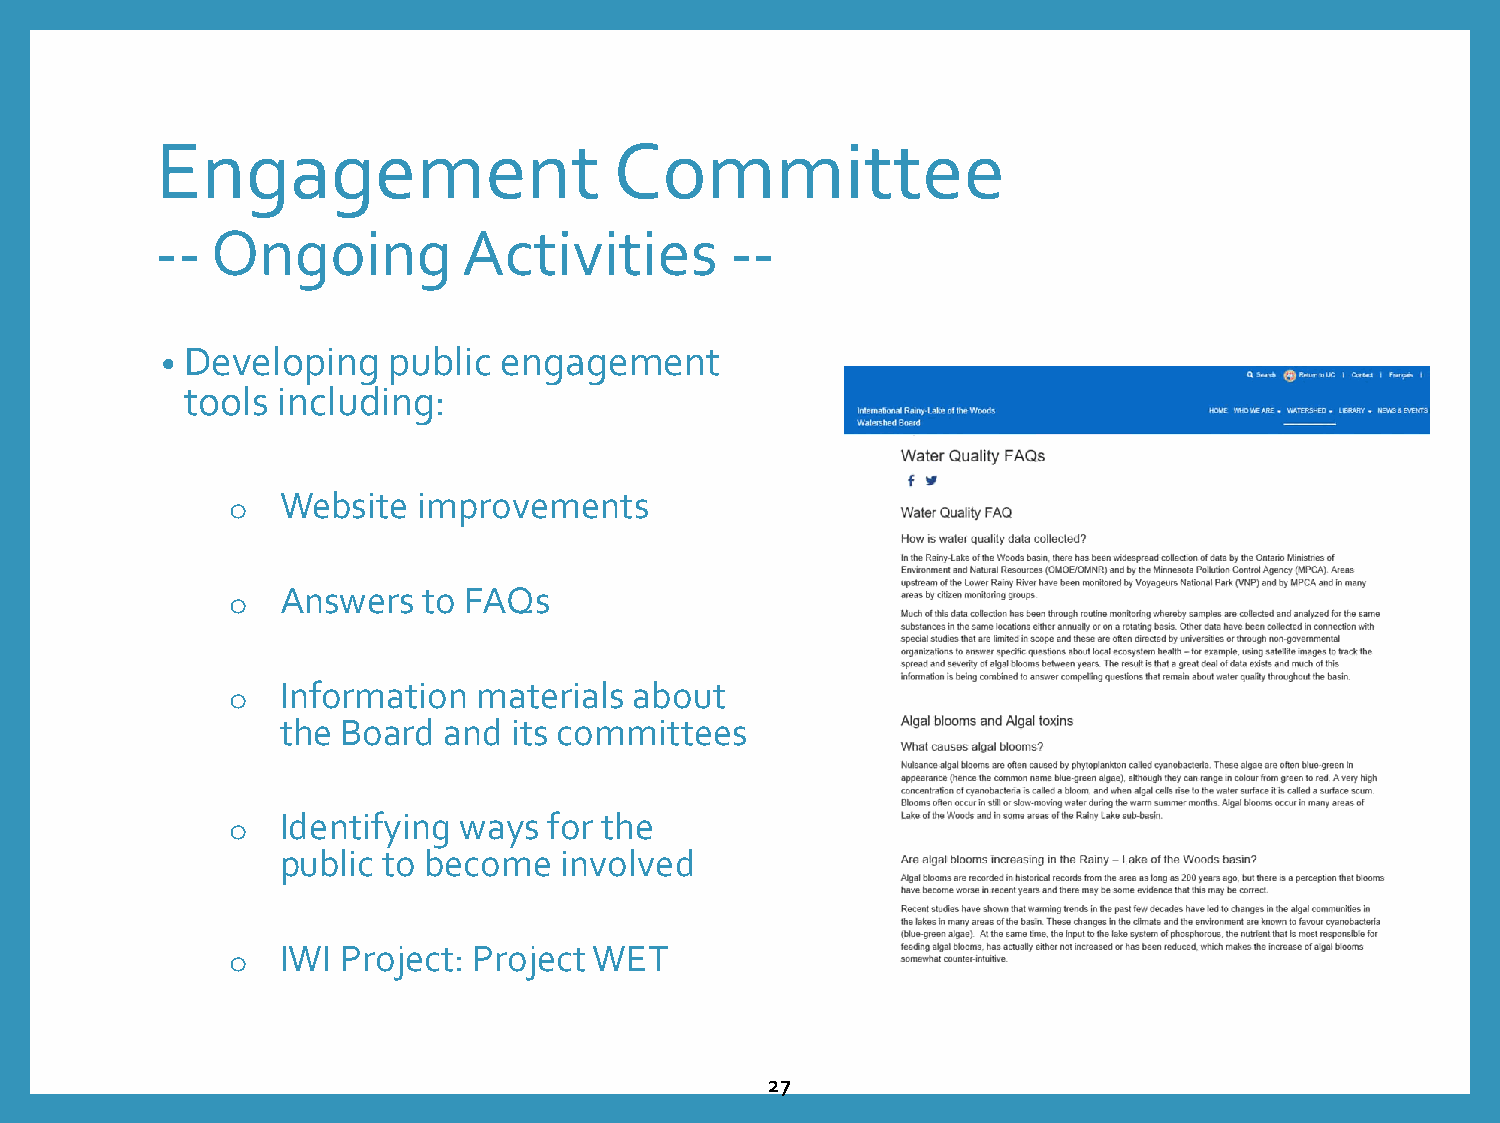
Engagement                     Committee
 --  Ongoing          Activities       --
 • Developing   public engagement
 tools including:
 Website  improvements
 o
 Answers  to FAQs
 o
 Information  materials about
 o
 the Board and  its committees
 Identifying ways for the
 o
 public to become  involved
 IWI Project: Project WET
 o
 27